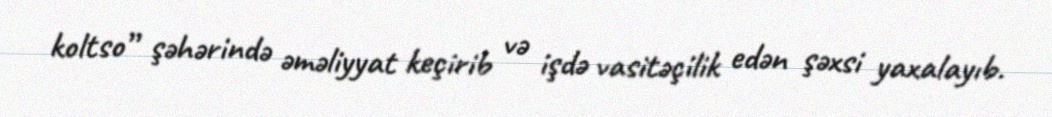
koltso” şəhərində əməliyyat keçirib və işdə vasitəçilik edən şəxsi yaxalayıb.